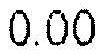
0.00